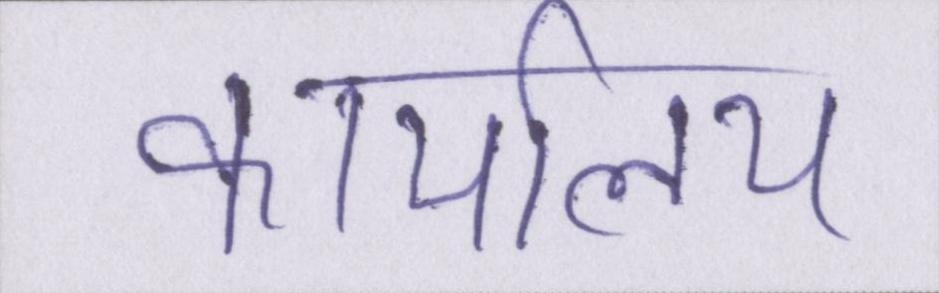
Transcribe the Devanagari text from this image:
कार्यालय